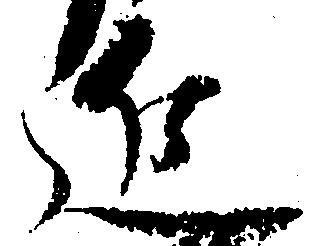
近